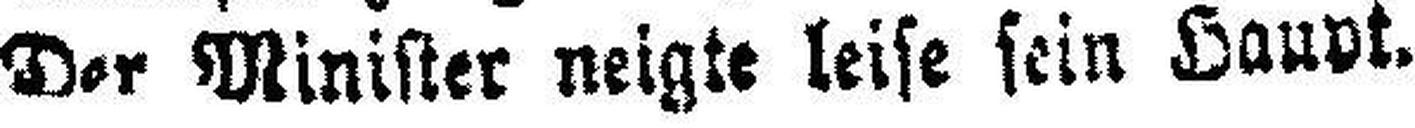
Der Minister neigte leise sein Haupt.